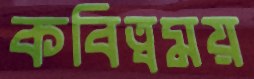
কবিত্বময়